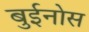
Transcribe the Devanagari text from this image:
बुईनोस